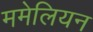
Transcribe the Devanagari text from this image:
ममेलियन